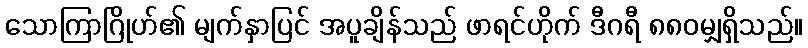
သောကြာဂြိုဟ်၏ မျက်နှာပြင် အပူချိန်သည် ဖာရင်ဟိုက် ဒီဂရီ ၈၈၀မျှရှိသည်။